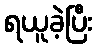
ရယူခဲ့ပြီး